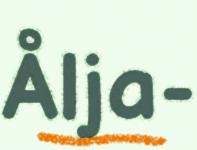
Ålja-